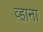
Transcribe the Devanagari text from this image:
व्हाना